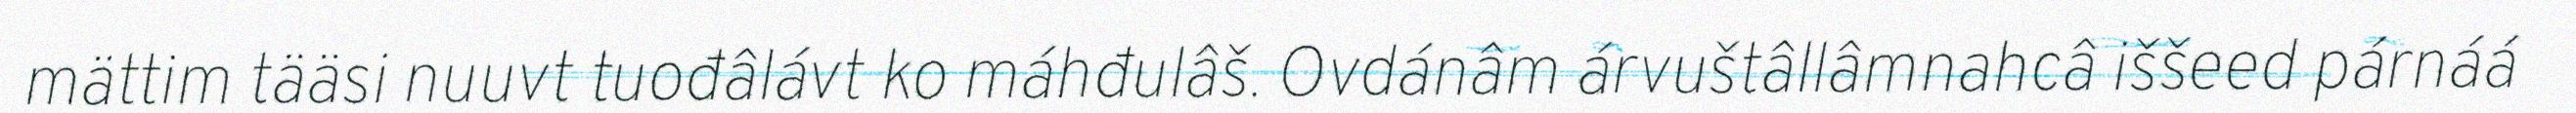
mättim tääsi nuuvt tuođâlávt ko máhđulâš. Ovdánâm árvuštâllâmnahcâ iššeed párnáá